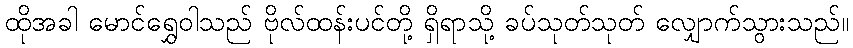
ထိုအခါ မောင်ရွှေဝါသည် ဗိုလ်ထန်းပင်တို့ ရှိရာသို့ ခပ်သုတ်သုတ် လျှောက်သွားသည်။